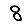
Digit: 8